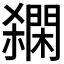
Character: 𨶓